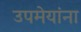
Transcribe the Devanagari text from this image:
उपमेयांना